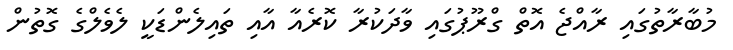
މުބާރާތުގައި ރާއްޖެ އޮތް ގްރޫޕުގައި ވާދަކުރާ ކޮރެއާ އާއި ތައިލެންޑަކީ ލެވެލްގެ ގޮތުން